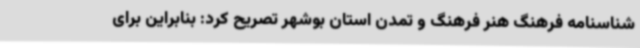
شناسنامه فرهنگ هنر فرهنگ و تمدن استان بوشهر تصریح کرد: بنابراین برای